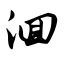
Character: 洄